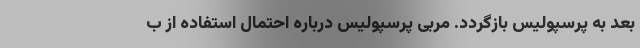
بعد به پرسپولیس بازگردد. مربی پرسپولیس درباره احتمال استفاده از ب